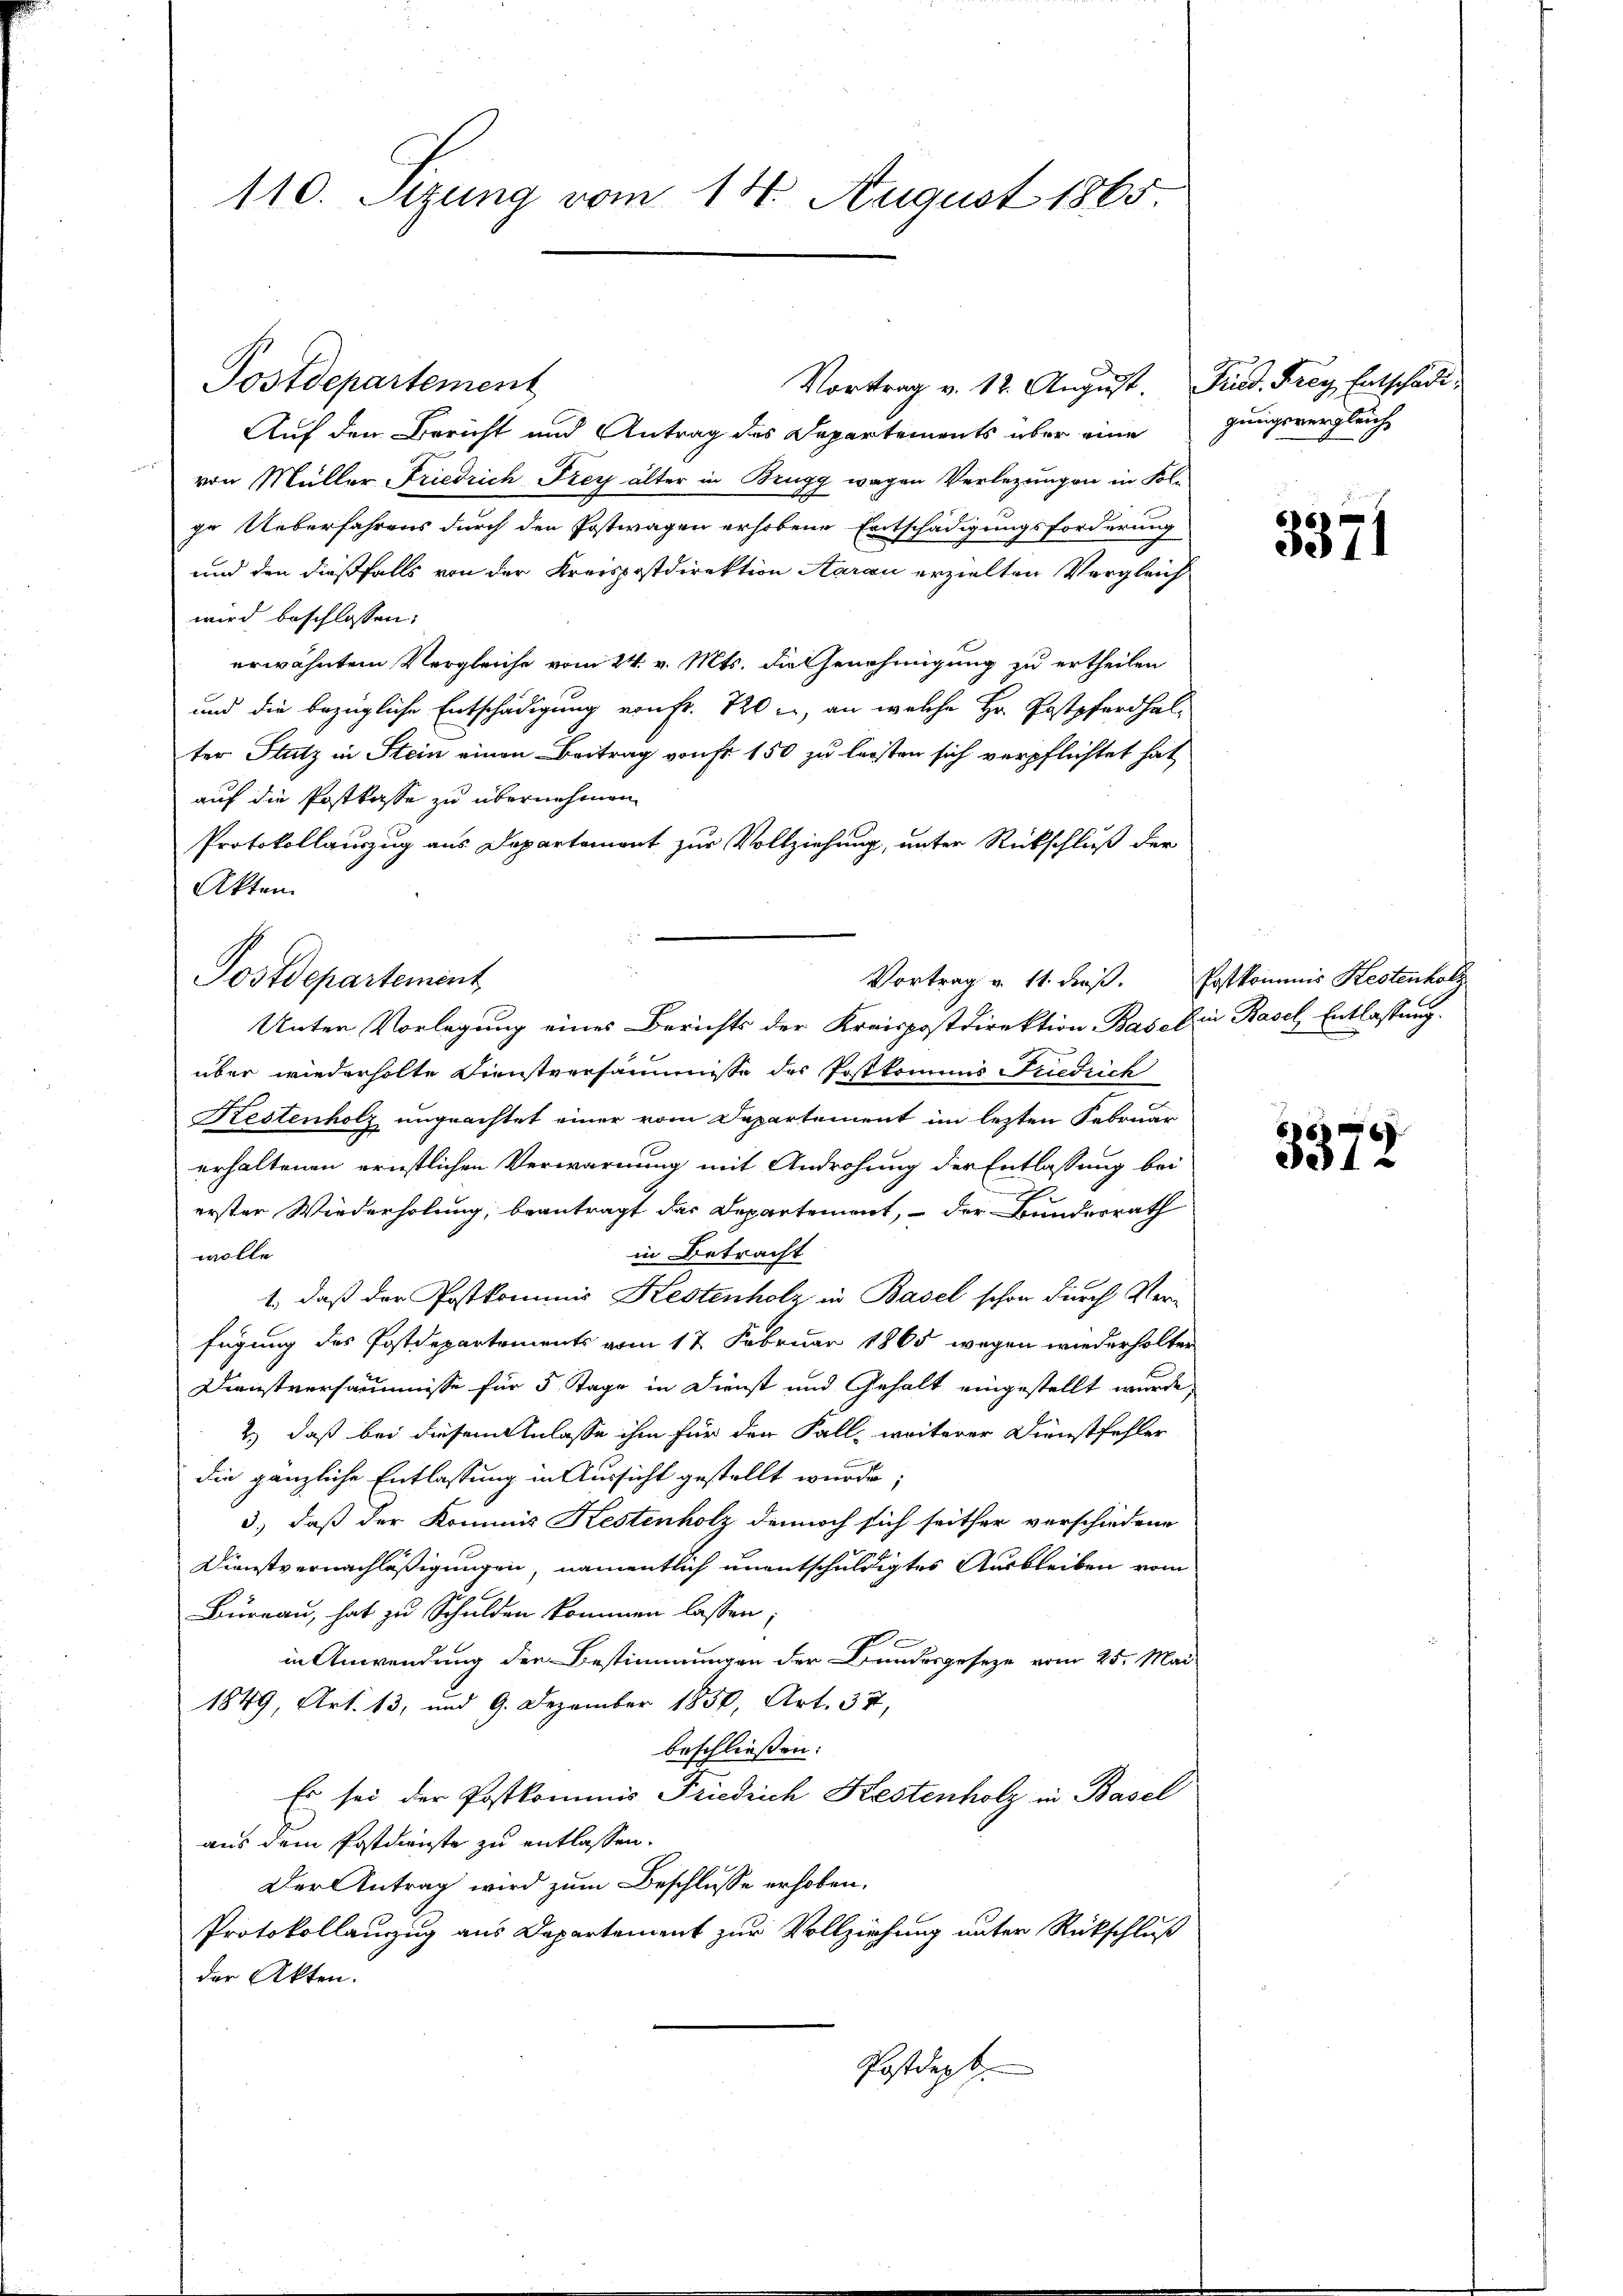
110. Sizung vom 14. August 1865

Auf den Bericht und Antrag des Departements über eine
von Müller Friedrich Frey älter in Brugg wegen Verlegungen in Folge Ueberfahrens durch der Postwagen erhobene Entschädigungsforderung
und den dießfalls von der Kreispostdirektion Aarau erzielten Vergleich
wird beschlossen:
erwähntem Vergleiche vom 24. v. Mts. die Genehmigung zu ertheilen
und die bezügliche Entschädigung von Fr. 120 l., an welche Hr. Postpferdhal-
ter Stutz in Stein einen Beitrag von fr 150 zu leisten sich verpflichtet hat
auf die Postkasse zu übernehmen.
Protokollauszug aus Departemont zur Vollziehung, unter Rückschluß der
Akten.
Unter Vorlegung eines Berichts der Kreispostdirektion Bas - Die Basel, Entlassung.
über wiederholte Dienstversammmisse der Postkommis Friedrich
Restenholz ungeachtet einer vom Departement im lezten Februar
erhaltenen ernstlichen Verwarnung mit Androhung der Entlassung bei
erster Wiederholung, beantragt das Departement, - der Bundesrath
in Betracht
wolle
1., daß der Postkommis Kestenholz in Basel schon durch Verfügung des Postdepartements vom 17. Februar 1865 wegen wiederholter
Dienstversäumnisse für 5 Tage in Dienst und Gehalt eingestellt wurde,
2.) daß bei diesem Anlasse ihm für den Fall, weiterer Dienstfehler
die gänzliche Entlassung in Aussicht gestellt wurde;
3) daß der Kommis Kestenholz dennoch sich seither verschiedene
Dienstvernachläßigungen, namentlich unentschuldigtes Ausbleiben vom
Bureau, hat zu Schulden kommen lassen;
in Anwendung den Bestimmungen der Bundesgeseze vom 25. Mai
1849, Art. 13, und 9. Dezember 1850, Art. 37,
beschließen:
Es sei der Postkommis Friedrich Kestenholz in Basel
aus dem Postdienste zu entlassen.
Der Antrag wird zum Beschlusse erhoben.
Protokollanzug aus Departement zur Vollziehung unter Rückschluß
der Akten.
Postdept

Postdepartement

Postdepartement

Vortrag v. 12. August. Fried. Frey Entschädi

gungsvergleich

Vortrag v. 11. dieß. Postkommis Kestenkoll

3371

6
5372